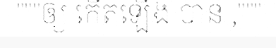
"""ឲ្យ កើតឡើង បាន ,"""